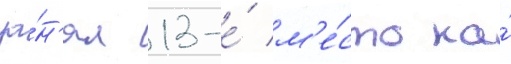
за́н'ял 13-е́ м'е́сто на́